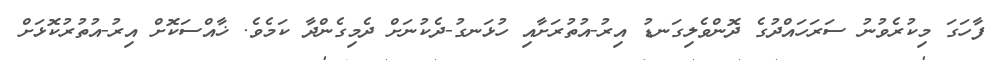
ފާހަގަ މިކުރެވުނު ސަރަހައްދުގެ ދޮންވެލިގަނޑު އިރު-އުތުރަށާއި ހުޅަނގު-ދެކުނަށް ދެމިގެންދާ ކަމެވެ. ޚާއްސަކޮށް އިރު-އުތުރުކޮޅަށް